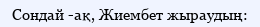
Сондай -ақ, Жиембет жыраудың: